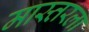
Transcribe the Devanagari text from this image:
मास्तरला